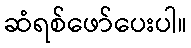
ဆံရစ်ဖော်ပေးပါ။